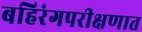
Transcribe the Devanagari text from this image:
बहिरंगपरीक्षणात